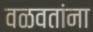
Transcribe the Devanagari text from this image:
वळवतांना